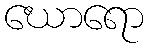
ဃောရော